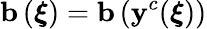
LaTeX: \mathbf{b}\left(\boldsymbol{\xi}\right)=\mathbf{b}\left(\mathbf{y}^{c}(\boldsymbol{\xi})\right)